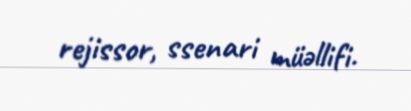
rejissor, ssenari müəllifi.